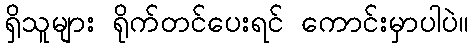
ရှိသူများ ရိုက်တင်ပေးရင် ကောင်းမှာပါပဲ။